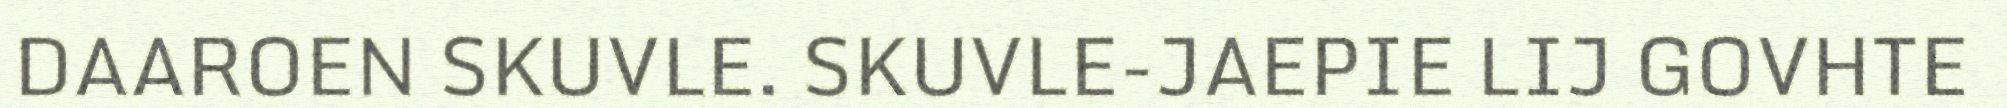
DAAROEN SKUVLE. SKUVLE-JAEPIE LIJ GOVHTE